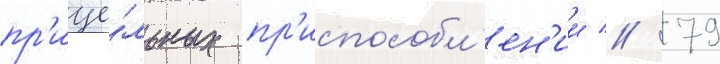
пр'ице́льных пр'испособл'ен'ии // 79